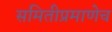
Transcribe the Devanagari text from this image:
समितीप्रमाणेच